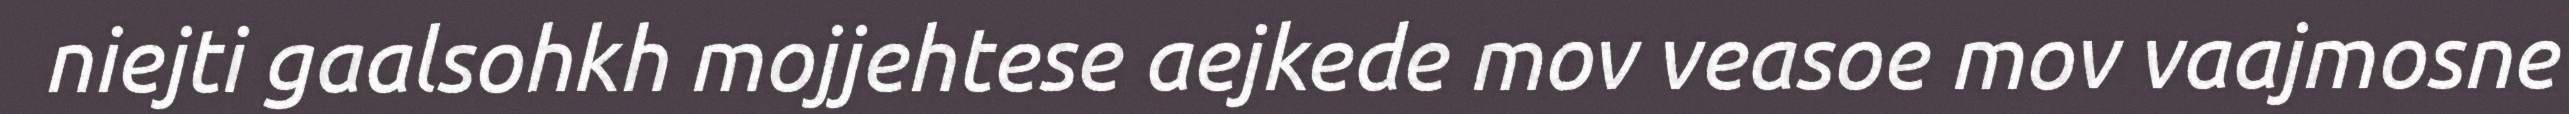
niejti gaalsohkh mojjehtese aejkede mov veasoe mov vaajmosne